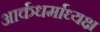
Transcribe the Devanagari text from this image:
आर्कधर्माध्यक्ष